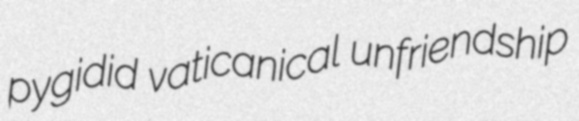
pygidid vaticanical unfriendship